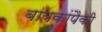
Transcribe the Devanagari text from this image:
बायकांपैकी